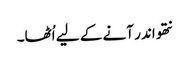
نتھو اندر آنے کے لیے اُٹھا۔